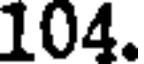
104.